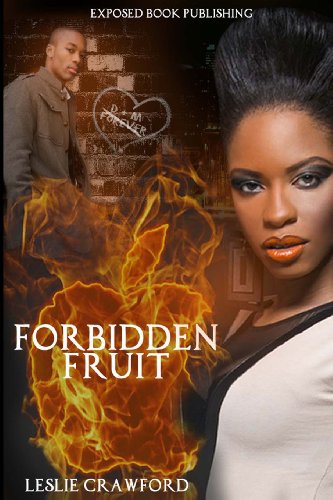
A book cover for Forbidden Fruit (Volume 1); Leslie Crawford; Romance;